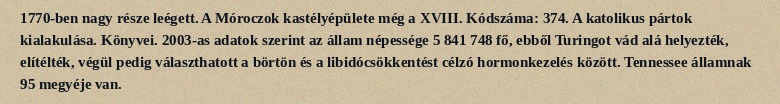
1770-ben nagy része leégett. A Móroczok kastélyépülete még a XVIII. Kódszáma: 374. A katolikus pártok kialakulása. Könyvei. 2003-as adatok szerint az állam népessége 5 841 748 fő, ebből Turingot vád alá helyezték, elítélték, végül pedig választhatott a börtön és a libidócsökkentést célzó hormonkezelés között. Tennessee államnak 95 megyéje van.